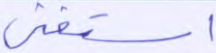
استغنى